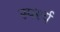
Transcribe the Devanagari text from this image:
स्पर्श्य